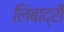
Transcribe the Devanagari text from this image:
लिंबाद्री